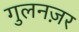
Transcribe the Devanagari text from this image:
गुलनज़र